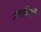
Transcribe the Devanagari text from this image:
उपविषों